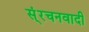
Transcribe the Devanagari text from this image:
स्ंरचनवादी